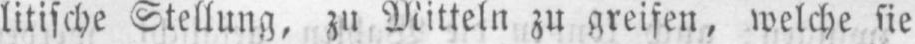
litische Stellung, zu Mitteln zu greifen, welche sie